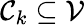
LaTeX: \mathcal{C}_{k}\subseteq\mathcal{V}